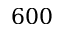
6 0 0